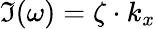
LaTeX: \Im(\omega)=\zeta\cdot k_{x}